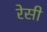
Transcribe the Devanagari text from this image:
रेसी